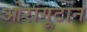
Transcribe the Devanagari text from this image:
ओरांगूटान